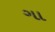
ગા